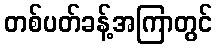
တစ်ပတ်ခန့်အကြာတွင်